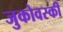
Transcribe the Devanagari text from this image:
जुकोवस्की